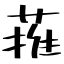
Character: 蓷